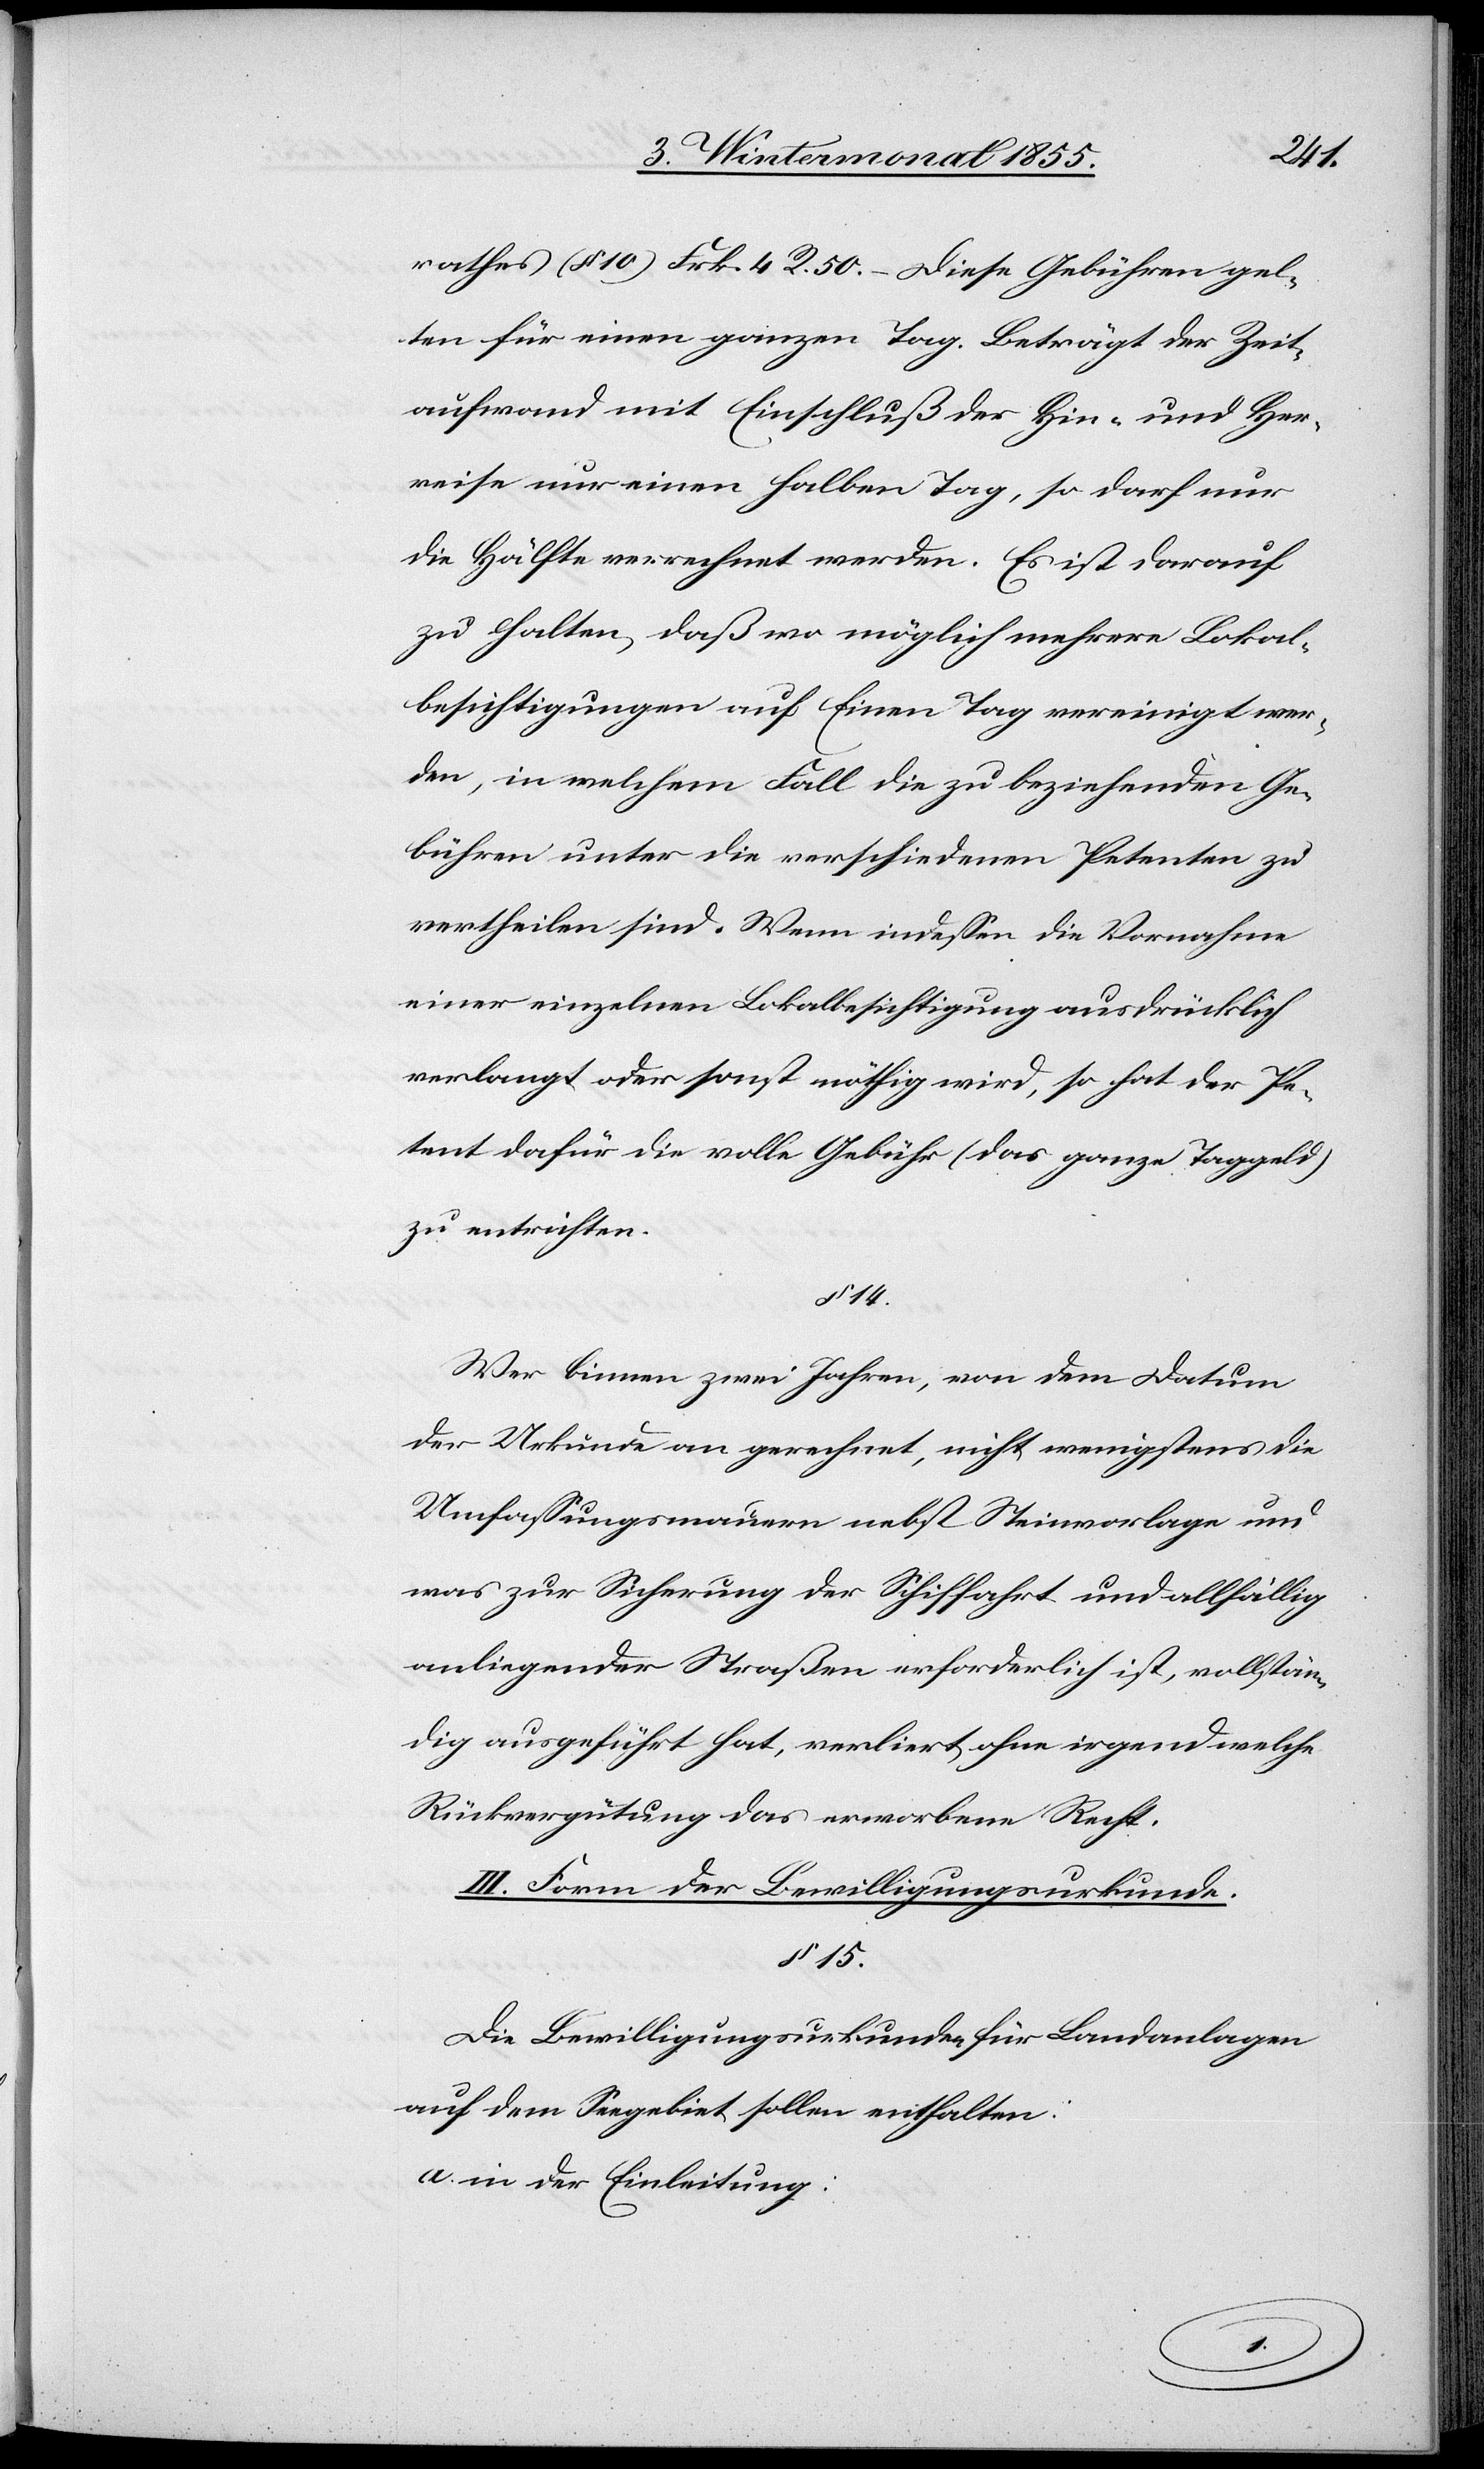
rathes (§ 10) Frk. 4 R. 50. – Diese Gebühren gel¬
ten für einen ganzen Tag. Beträgt der Zeit¬
aufwand mit Einschluß der Hin- und Her¬
reise nur einen halben Tag, so darf nur
die Hälfte verrechnet werden. Es ist darauf
zu halten, daß wo möglich mehrere Lokal¬
besichtigungen auf Einen Tag vereinigt wer¬
den, in welchem Fall die zu beziehenden Ge¬
bühren unter die verschiedenen Petenten zu
vertheilen sind. Wenn indessen die Vornahme
einer einzelnen Lokalbesichtigung ausdrücklich
verlangt oder sonst nöthig wird, so hat der Pe¬
tent dafür die volle Gebühr (das ganze Taggeld)
zu entrichten.
§ 14.
Wer binnen zwei Jahren, von dem Datum
der Urkunde an gerechnet, nicht wenigstens die
Umfassungsmauern nebst Steinvorlage und
was zur Sicherung der Schiffahrt und allfällig
anliegender Straßen erforderlich ist, vollstän¬
dig ausgeführt hat, verliert ohne irgend welche
Rückvergütung das erworbene Recht.
III. Form der Bewilligungsurkunde.
§ 15.
Die Bewilligungsurkunden für Landanlagen
auf dem Seegebiet sollen enthalten:
in der Einleitung: